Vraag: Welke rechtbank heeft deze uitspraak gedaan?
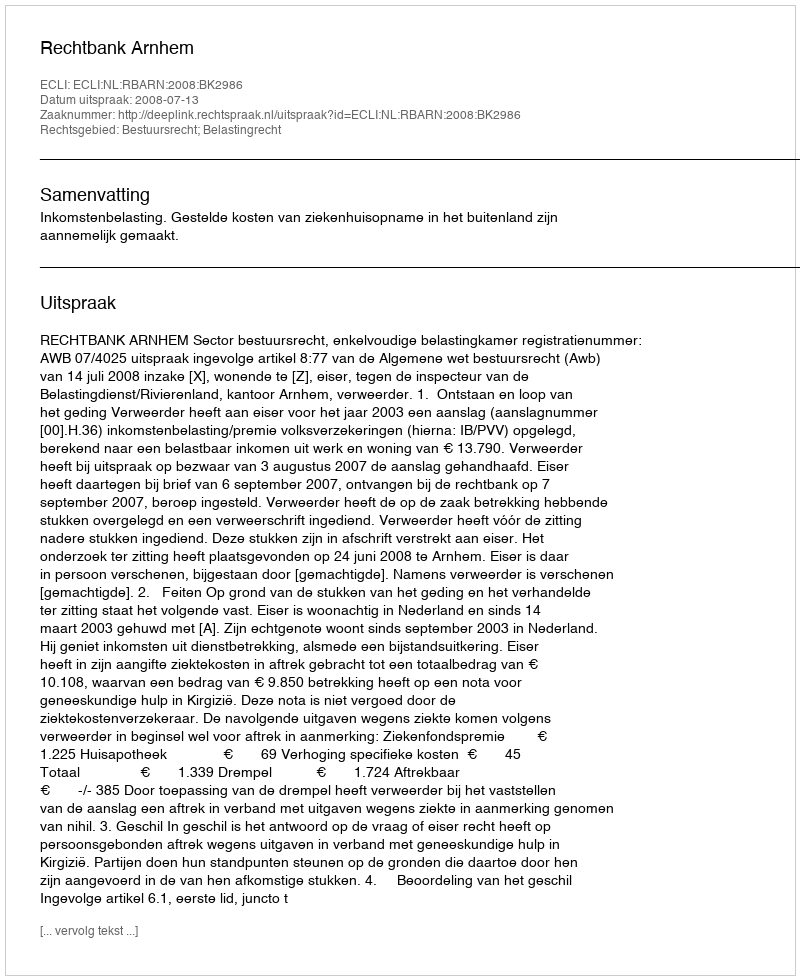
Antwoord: Rechtbank Arnhem